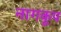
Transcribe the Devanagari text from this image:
नागकूप